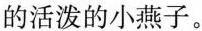
的活泼的小燕子。